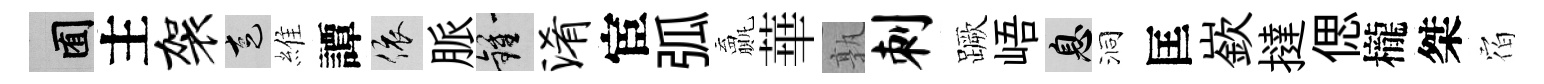
囿主袈走維譚依脈鍾淆宦弧贏華孰刺蹶峿息洞匡嶔撻偲櫳桀𪧐